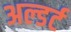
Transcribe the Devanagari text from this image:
अल्डर्ट